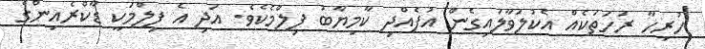
ހުރިހާ ރަހަތަކެއް އެކުލަވާލައިގެން އުފެއްދި ކާމިޔާބު ފިލްމެކެވެ. އަދި އެ ފިލްމަކީ ޑާކްރެއިންގެ